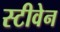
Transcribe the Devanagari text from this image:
स्‍टीवेन